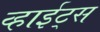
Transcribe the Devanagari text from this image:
व्हाईट्स